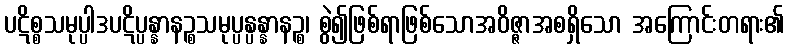
ပဋိစ္စသမုပ္ပါဒပဋိပ္ပန္နာနဉ္စသမုပ္ပန္ပန္နာနဉ္စ၊ စွဲ၍ဖြစ်ရာဖြစ်သောအဝိဇ္ဇာအစရှိသော အကြောင်းတရား၏